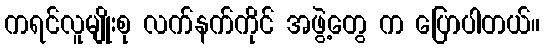
ကရင်လူမျိုးစု လက်နက်ကိုင် အဖွဲ့တွေ က ပြောပါတယ်။